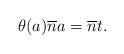
LaTeX: \begin{align*}\theta(a) \overline{n} a = \overline{n}t .\end{align*}